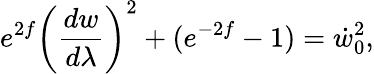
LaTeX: e^{2f}\left(\frac{dw}{d\lambda}\right)^{2}+(e^{-2f}-1)=\dot{w}_{0}^{2},